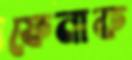
ফেনাক